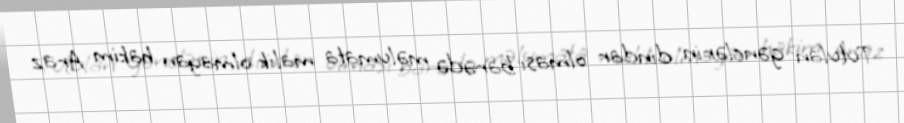
Tutulan gənclərin dindar olması barədə məlumata malik olmayan hakim Araz